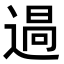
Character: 𮞪